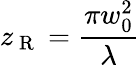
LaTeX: z_{\mathrm{~R~}}=\frac{\pi w_{0}^{2}}{\lambda}